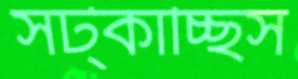
সট্‌কাচ্ছিস